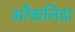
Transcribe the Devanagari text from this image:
अरैकनिडा